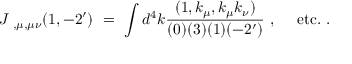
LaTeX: J _ { \ , \mu , \mu \nu } ( 1 , - 2 ^ { \prime } ) \ = \ \int d ^ { 4 } k \frac { ( 1 , k _ { \mu } , k _ { \mu } k _ { \nu } ) } { ( 0 ) ( 3 ) ( 1 ) ( - 2 ^ { \prime } ) } \ , \ \ \ \ \mathrm { e t c . } \ .